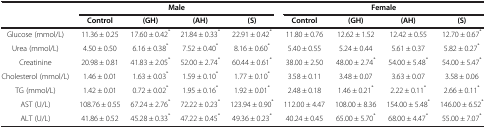
| <ROWSPAN=2>  | <COLSPAN=4> Male | <COLSPAN=4> Female |
 | Control | (GH) | (AH) | (S) | Control | (GH) | (AH) | (S) |
 | --- | --- | --- | --- | --- | --- | --- | --- | --- |
 | Glucose (mmol/L) | 11.36 ± 0.25 | 17.60 ± 0.42* | 21.84 ± 0.33* | 22.91 ± 0.42* | 11.80 ± 0.76 | 12.62 ± 1.52 | 12.42 ± 0.55 | 12.70 ± 0.67* |
 | Urea (mmol/L) | 4.50 ± 0.50 | 6.16 ± 0.38* | 7.52 ± 0.40* | 8.16 ± 0.60* | 5.40 ± 0.55 | 5.24 ± 0.44 | 5.61 ± 0.37 | 5.82 ± 0.27* |
 | Creatinine | 20.98 ± 0.81 | 41.83 ± 2.05* | 52.00 ± 2.74* | 60.44 ± 0.61* | 38.00 ± 2.50 | 48.00 ± 2.74* | 54.00 ± 5.48* | 54.00 ± 5.47* |
 | Cholesterol (mmol/L) | 1.46 ± 0.01 | 1.63 ± 0.03* | 1.59 ± 0.10* | 1.77 ± 0.10* | 3.58 ± 0.11 | 3.48 ± 0.07 | 3.63 ± 0.07 | 3.58 ± 0.06 |
 | TG (mmol/L) | 1.42 ± 0.01 | 0.72 ± 0.02* | 1.95 ± 0.16* | 1.92 ± 0.01* | 2.48 ± 0.18 | 1.46 ± 0.21* | 2.22 ± 0.11* | 2.66 ± 0.11* |
 | AST (U/L) | 108.76 ± 0.55 | 67.24 ± 2.76* | 72.22 ± 0.23* | 123.94 ± 0.90* | 112.00 ± 4.47 | 108.00 ± 8.36 | 154.00 ± 5.48* | 146.00 ± 6.52* |
 | ALT (U/L) | 41.86 ± 0.52 | 45.28 ± 0.33* | 47.22 ± 0.45* | 49.36 ± 0.23* | 40.24 ± 0.45 | 65.00 ± 5.70* | 68.00 ± 4.47* | 55.00 ± 7.07* |